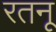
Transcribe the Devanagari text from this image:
रतनू